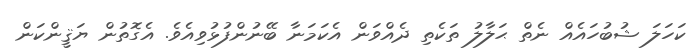
ކަހަލަ ޝުބުހައެއް ނެތް ޙަލާލު ތަކެތި ދެއްވަން އެކަމަނާ ބޭނުންފުޅުވިއެވެ. އެގޮތުން ޔަޤީންކަން